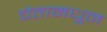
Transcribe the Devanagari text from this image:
चेतामधून